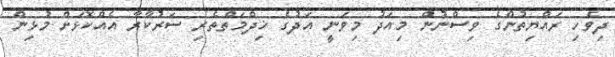
ދިވެހި ރައްޔިތުންގެ ވިސްނުން މިއަދު މިވަނީ އަދުގެ ޚިދްމަތްތެރި ސަރުކާރާ އެއްކޮޅަށް މުޅިން